Annual report on the health of the army in India
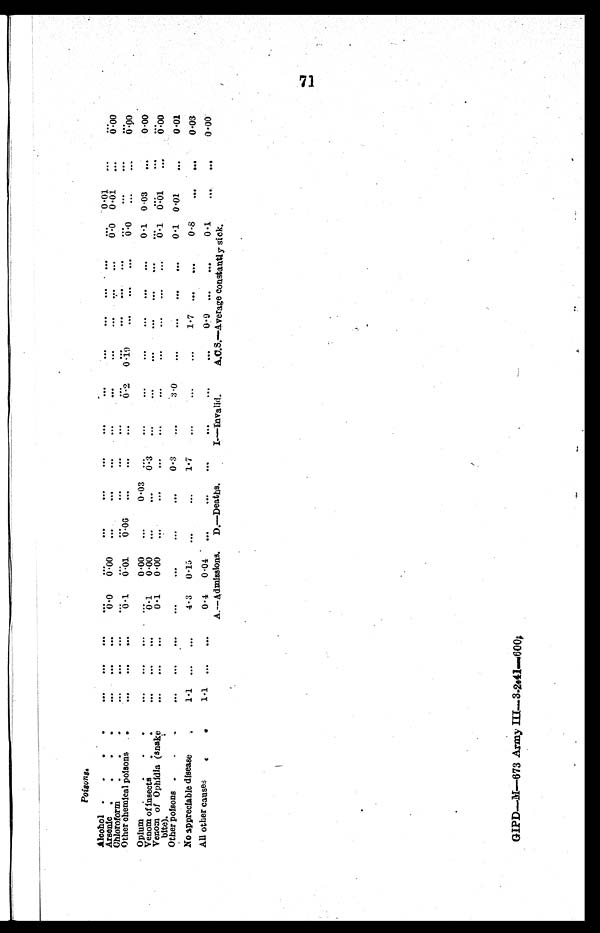
Poisons.
A Alcohol
. . .
. . .
. . .
...
...
...
...
...
. . .
...
. . . . .
...
. . .
. . .
. . .
0 . 0 1
... ...
Arsenic .
.
. . .
. . .
. . .
0.0
0.00
...
...
...
. . .
...
...
...
...
...
0.0
0.01
...
0.00
Chloroform
. . .
. . .
. . .
...
...
...
...
...
...
...
...
...
. . .
. . .
...
. . . . ...
. . .
Other chemical poisons
.
. . .
. . .
. . .
. . .
0.01
0.00
...
...
. . .
0.2
0 . 19
...
...
...
. . .
. . .
...
0 . 0 0
Opium.
.
. . .
. . .
. . . ...
0.00
...
0.03
. . .
...
...
...
. . .
. . .
0.1 0.03
...
0.00
Venom of insects.
. . .
. . .
. . .
0 . 1
0.00
...
...
0.3
. . .
...
...
...
...
...
. . .
. . .
...
...
Venom of Ophidia (snake
bite).
...
...
...
0.1
0.00
...
...
...
...
...
...
...
. . .
. . .
0.1 0.01
...
0.00
Other poisons .
.
...
. . .
. . . ...
...
...
...
0.3
...
3.0
...
...
0.1
0 . 0 1
. . .
0.01
No appreciable disease
.
1.1
. . .
. . .
4.3
0.15
...
...
1.7
...
...
...
1.7
. . .
. . .
0.8
. . .
. . .
0.03
All other causes
.
.
1.1
. . .
. . .
0.4
0.04
...
...
...
...
...
...
0.9
. . .
. . .
0.1
. . .
. . .
0 . 0 0
A.—Admissions. D.—Deaths. I—Invalid A.C.S.—Average constantly sick.
GIPD—M-673 Army III-3-2-41—600